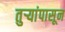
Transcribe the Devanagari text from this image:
तुर्‍यांपासून